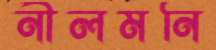
নীলমনি